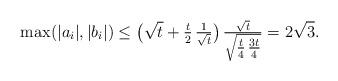
LaTeX: \begin{align*}\max(|a_i|, |b_i|)\leq \bigl(\sqrt t+\tfrac{t}{2}\, \tfrac {1}{\sqrt t}\bigr)\, \tfrac{\sqrt t}{\sqrt{\tfrac{t}{4} \, \tfrac{3t}{4} }} =2\sqrt 3.\end{align*}